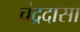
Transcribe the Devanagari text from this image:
चंद्रदासा